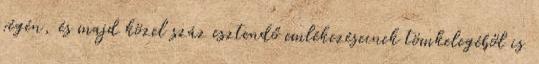
végén, és majd közel száz esztendő emlékezéseinek tömkelegéből is